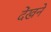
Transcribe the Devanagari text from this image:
देंखने